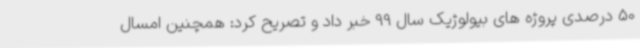
50 درصدی پروژه های بیولوژیک سال 99 خبر داد و تصریح کرد: همچنین امسال